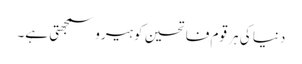
دنیا کی ہر قوم فاتحین کو ہیرو سمجھتی ہے۔